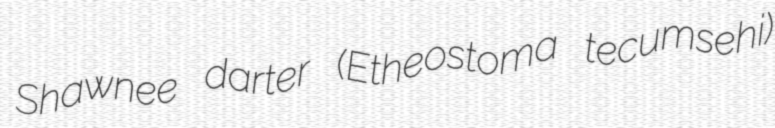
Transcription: Shawnee darter (Etheostoma tecumsehi)